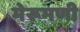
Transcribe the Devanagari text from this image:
मेरूमणी